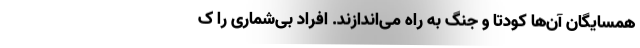
همسایگان آن‌ها کودتا و جنگ به راه می‌اندازند. افراد بی‌شماری را ک